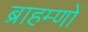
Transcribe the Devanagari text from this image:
ब्राहम्‍णों